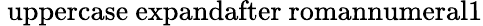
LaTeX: \mathrm{\ uppercase\ expandafter{\ romannumeral1}}